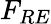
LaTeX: F_{RE}